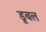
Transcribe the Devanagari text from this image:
डूबल